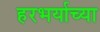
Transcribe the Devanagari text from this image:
हरभर्याच्या